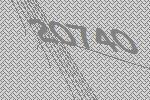
20740